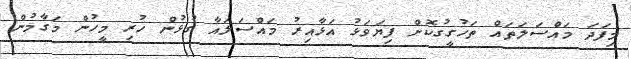
މިފަދަ މައްސަލަތައް ތަހުގީގުކޮށް ފިޔަވަޅު އަޅާއިރު މައްސަލައާ ގުޅުން ހުރި މީހުން މަގާމުން